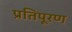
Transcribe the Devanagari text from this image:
प्रतिपूरण